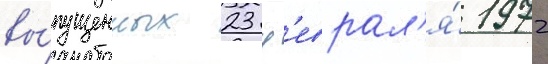
вы́пущенных 23 ф'еврал'я́ 1972